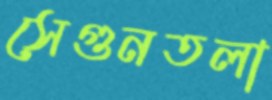
সেগুনতলা